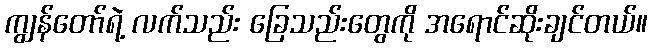
ကျွန်တော်ရဲ့ လက်သည်း ခြေသည်းတွေကို အရောင်ဆိုးချင်တယ်။